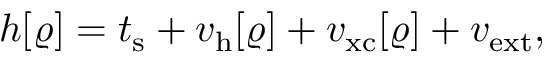
\begin{array} { l } { { \displaystyle h [ \varrho ] = t _ { \mathrm { s } } + v _ { \mathrm { h } } [ \varrho ] + v _ { \mathrm { x c } } [ \varrho ] + v _ { \mathrm { e x t } } } , } \end{array}